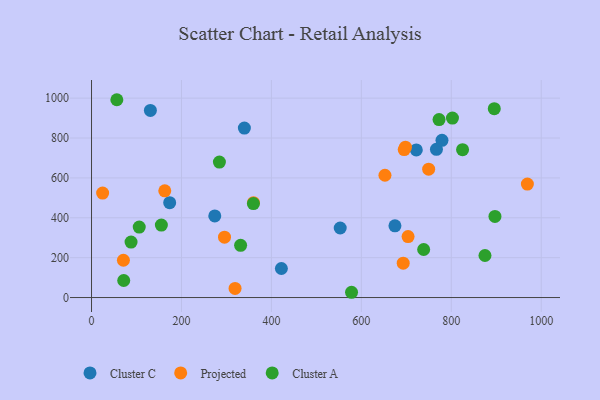
{"axis": {"x": "Study Hours", "y": "Yield"}, "legend": ["Cluster A", "Cluster C", "Projected"], "data": [{"x": "422.2", "y": 145.5, "type": "Cluster C"}, {"x": "173.8", "y": 475.8, "type": "Cluster C"}, {"x": "553.0", "y": 348.6, "type": "Cluster C"}, {"x": "274.1", "y": 409.1, "type": "Cluster C"}, {"x": "767.0", "y": 743.2, "type": "Cluster C"}, {"x": "130.9", "y": 938.1, "type": "Cluster C"}, {"x": "339.9", "y": 849.8, "type": "Cluster C"}, {"x": "674.7", "y": 359.6, "type": "Cluster C"}, {"x": "722.2", "y": 740.0, "type": "Cluster C"}, {"x": "779.3", "y": 788.5, "type": "Cluster C"}, {"x": "969.2", "y": 568.7, "type": "Projected"}, {"x": "70.9", "y": 187.0, "type": "Projected"}, {"x": "162.9", "y": 535.1, "type": "Projected"}, {"x": "703.9", "y": 305.7, "type": "Projected"}, {"x": "698.1", "y": 754.1, "type": "Projected"}, {"x": "360.1", "y": 475.5, "type": "Projected"}, {"x": "319.2", "y": 45.9, "type": "Projected"}, {"x": "749.7", "y": 643.9, "type": "Projected"}, {"x": "295.7", "y": 302.9, "type": "Projected"}, {"x": "652.5", "y": 613.1, "type": "Projected"}, {"x": "693.1", "y": 172.3, "type": "Projected"}, {"x": "24.7", "y": 523.7, "type": "Projected"}, {"x": "695.3", "y": 742.0, "type": "Projected"}, {"x": "87.9", "y": 278.1, "type": "Cluster A"}, {"x": "738.6", "y": 240.9, "type": "Cluster A"}, {"x": "578.2", "y": 26.4, "type": "Cluster A"}, {"x": "284.4", "y": 679.5, "type": "Cluster A"}, {"x": "897.1", "y": 406.7, "type": "Cluster A"}, {"x": "802.6", "y": 899.9, "type": "Cluster A"}, {"x": "56.3", "y": 991.9, "type": "Cluster A"}, {"x": "895.6", "y": 946.8, "type": "Cluster A"}, {"x": "825.1", "y": 741.2, "type": "Cluster A"}, {"x": "106.1", "y": 353.1, "type": "Cluster A"}, {"x": "360.0", "y": 471.1, "type": "Cluster A"}, {"x": "331.5", "y": 261.7, "type": "Cluster A"}, {"x": "772.8", "y": 892.3, "type": "Cluster A"}, {"x": "155.3", "y": 363.4, "type": "Cluster A"}, {"x": "874.9", "y": 210.8, "type": "Cluster A"}, {"x": "71.6", "y": 85.4, "type": "Cluster A"}]}